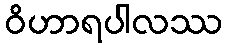
ဝိဟာရပါလဿ